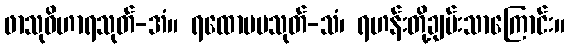
ဖာသုဝိဟာရသုတ်-အံ။ ရထောပမသုတ်-သံ၊ ရဟန်းတို့ချမ်းသာကြောင်း။